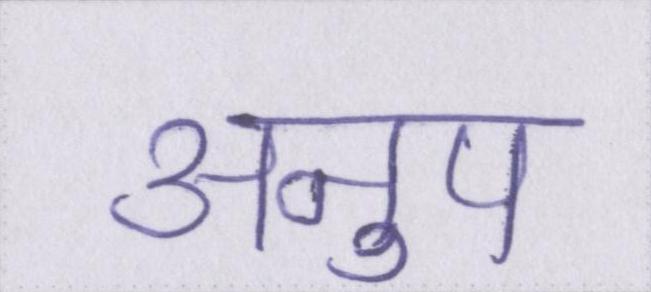
अनुप